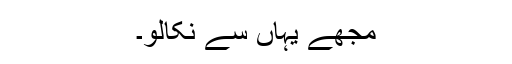
مجھے یہاں سے نکالو۔